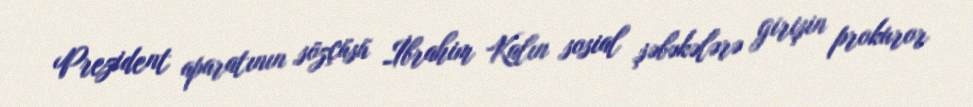
Prezident aparatının sözçüsü İbrahim Kalın sosial şəbəkələrə girişin prokuror